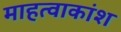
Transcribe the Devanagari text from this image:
माहत्वाकांश